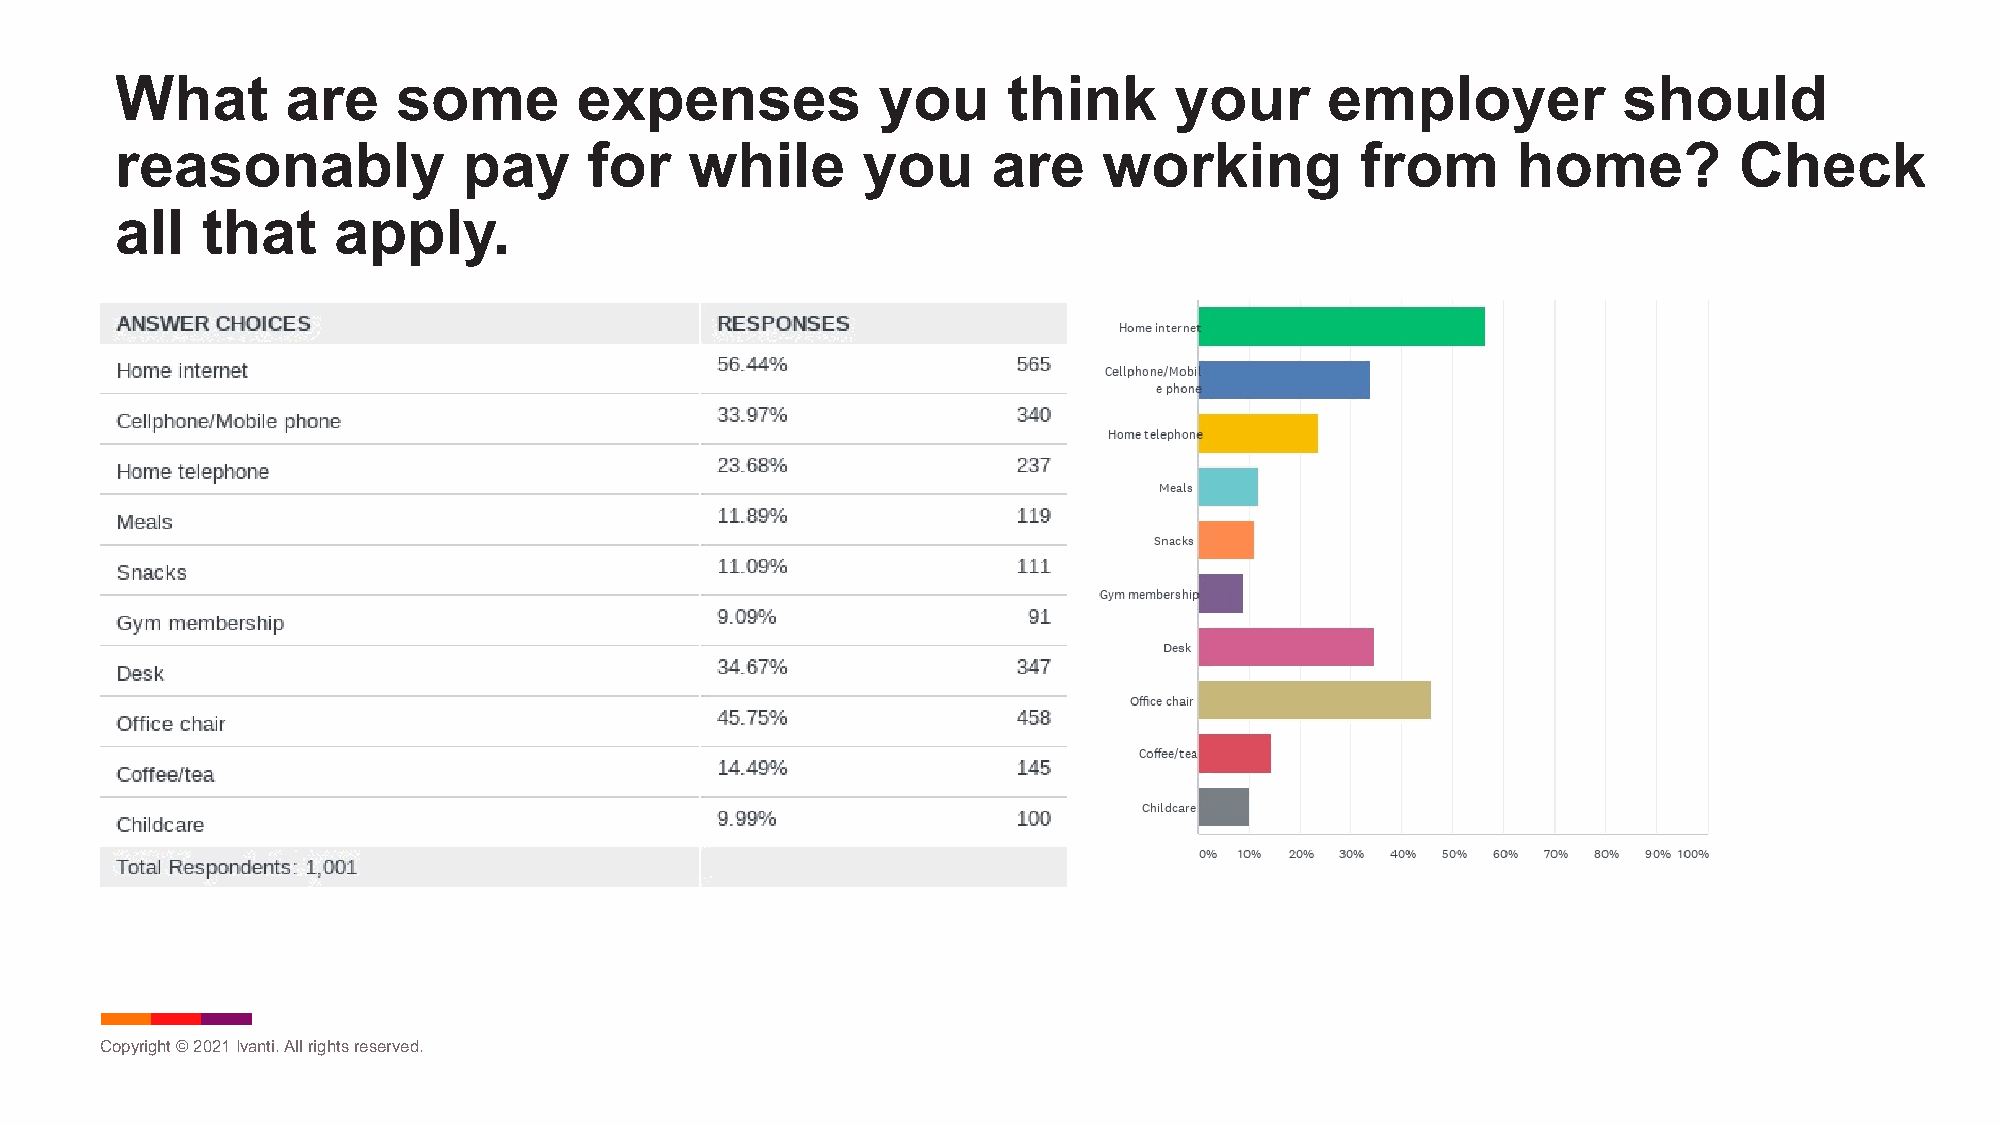
What       are    some        expenses            you      think      your      employer           should
 reasonably             pay     for    while      you      are    working          from      home?          Check
 all  that     apply.
 Copyright © 2021Ivanti. All rights reserved.